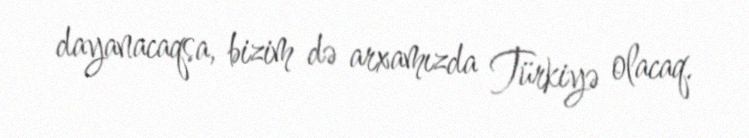
dayanacaqsa, bizim də arxamızda Türkiyə olacaq.